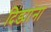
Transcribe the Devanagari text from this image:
दिंड्यांना